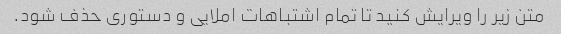
متن زیر را ویرایش کنید تا تمام اشتباهات املایی و دستوری حذف شود.